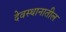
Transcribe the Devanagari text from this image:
देवस्थानातील